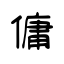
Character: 傭